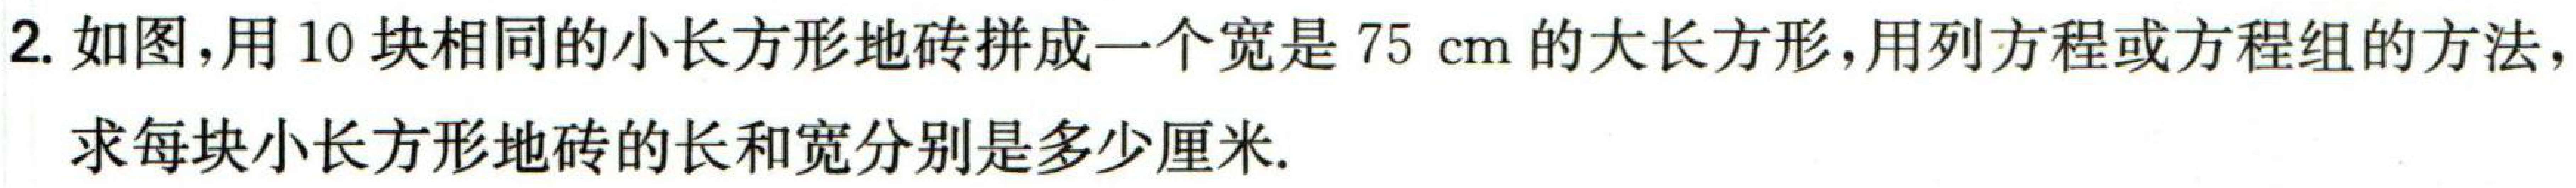
2. 如图，用10块相同的小长方形地砖拼成一个宽是\(75\mathrm{cm}\)的大长方形，用列方程或方程组的方法，求每块小长方形地砖的长和宽分别是多少厘米.